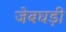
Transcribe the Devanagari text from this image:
जेबघड़ी